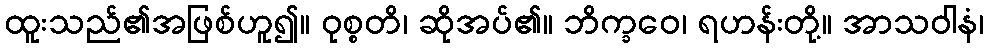
ထူးသည်၏အဖြစ်ဟူ၍။ ဝုစ္စတိ၊ ဆိုအပ်၏။ ဘိက္ခဝေ၊ ရဟန်းတို့။ အာသဝါနံ၊